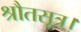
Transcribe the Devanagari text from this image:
श्रौतसूत्र।